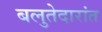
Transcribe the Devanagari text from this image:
बलुतेदारांत